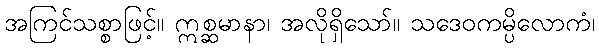
အကြင်သစ္စာဖြင့်။ ဣစ္ဆမာနာ၊ အလိုရှိသော်။ သဒေဝကမ္ပိလောကံ၊